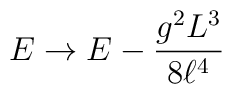
E\rightarrow E-  \frac{g^{2} L^{3}}{8 \ell ^{4}}